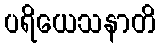
ပရိယေသနာတိ